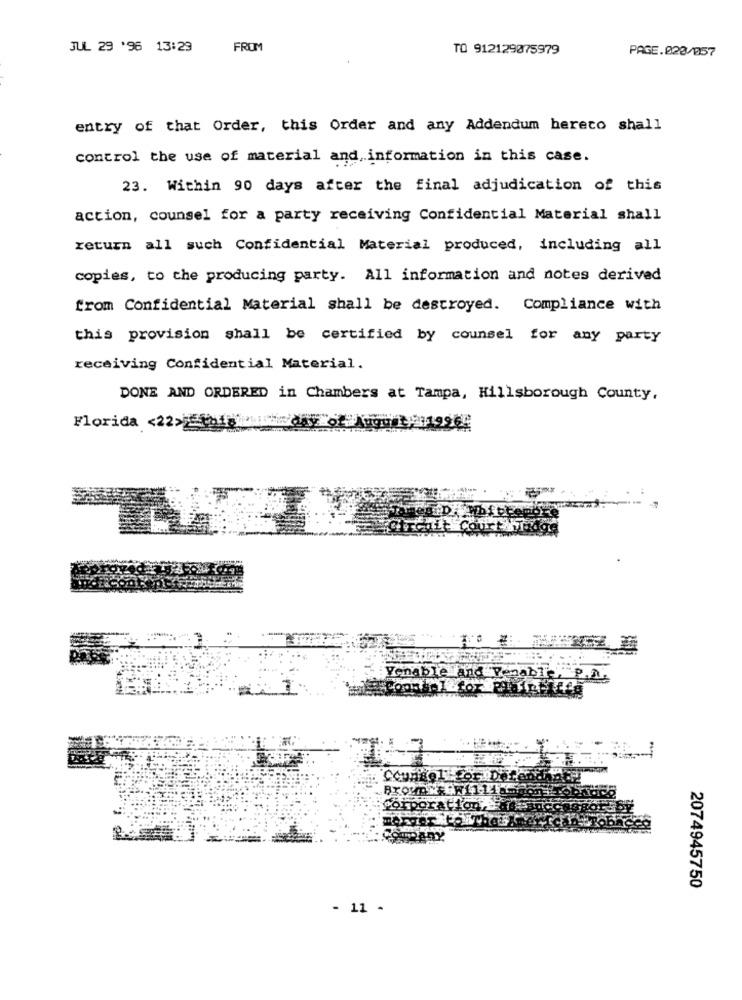
JUL 29 '96 13:29
FROM
TO 912129075979
PAGE.020/057
entry of that Order, this Order and any Addendum hereto shall
control the use of material and information in this case.
23. Within 90 days after the final adjudication of this
action, counsel for a party receiving Confidential Material shall
return all such Confidential Material produced, including all
copies, to che producing party. All information and notes derived
from Confidential Material shall be destroyed. Compliance with
this provision shall be certified by counsel for any party
receiving Confidential Material.
DONE AND ORDERED in Chambers at Tampa, Hillsborough County,
Florida <22>501 1day of August 1996
Zena
ble And Tenable, P.A.
2074945750
- 11 -